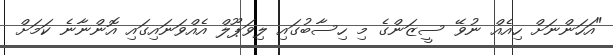
"އަހަންނަށް ހިއެއް ނުވޭ ސީޒަންގެ މި ހިސާބުގައި ލިވަޕޫލް އެއްވަނައިގައި އޮންނާނެ ކަމަށް